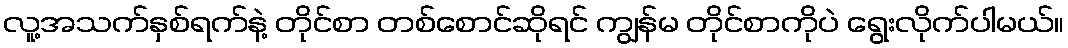
လူ့အသက်နှစ်ရက်နဲ့ တိုင်စာ တစ်စောင်ဆိုရင် ကျွန်မ တိုင်စာကိုပဲ ရွေးလိုက်ပါမယ်။